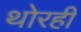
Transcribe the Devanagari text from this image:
थोरही